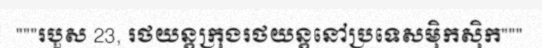
"""របួស 23, រថយន្តក្រុងរថយន្តនៅប្រទេសម៉ិកស៊ិក"""